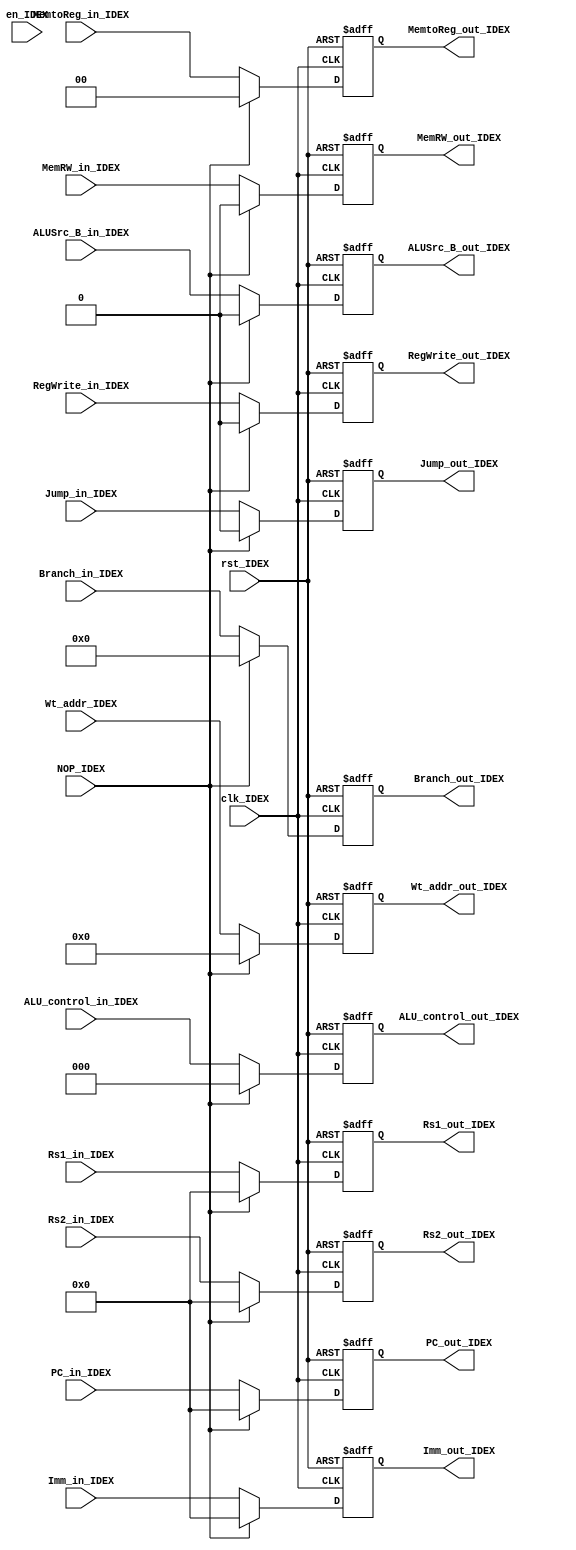
module ID_reg_EX (
    input clk_IDEX,                     //
    input rst_IDEX,                     //
    input en_IDEX,                      //
    input NOP_IDEX,
    
    input[31:0] PC_in_IDEX,             //PC
    input[4:0] Wt_addr_IDEX,            //
    input[31:0] Rs1_in_IDEX,            //1
    input[31:0] Rs2_in_IDEX,            //2
    input[31:0] Imm_in_IDEX ,           //
    input ALUSrc_B_in_IDEX ,            //ALU B
    input[2:0] ALU_control_in_IDEX,     //ALU
    input [3:0] Branch_in_IDEX,         //Beq
    input MemRW_in_IDEX,                //
    input Jump_in_IDEX,                 //Jal
    input[1:0] MemtoReg_in_IDEX,        //
    input RegWrite_in_IDEX,             //

    output reg[31:0] PC_out_IDEX,       //PC
    output reg[4:0] Wt_addr_out_IDEX,   //
    output reg[31:0] Rs1_out_IDEX,      //1
    output reg[31:0] Rs2_out_IDEX,      //2
    output reg[31:0] Imm_out_IDEX ,     //
    output reg ALUSrc_B_out_IDEX ,      //ALU B
    output reg[2:0] ALU_control_out_IDEX, //ALU
    output reg [3:0] Branch_out_IDEX,   //Beq
    output reg MemRW_out_IDEX,          //
    output reg Jump_out_IDEX,           //Jal
    output reg [1:0] MemtoReg_out_IDEX, //
    output reg RegWrite_out_IDEX        //
);
    always @(posedge clk_IDEX or posedge rst_IDEX) begin
        if (rst_IDEX == 1) begin
            PC_out_IDEX <= 0;
            Wt_addr_out_IDEX <= 0;
            Rs1_out_IDEX <= 0;
            Rs2_out_IDEX <= 0;
            Imm_out_IDEX <= 0;
            ALUSrc_B_out_IDEX <= 0;
            ALU_control_out_IDEX <= 0;
            Branch_out_IDEX <= 0;
            MemRW_out_IDEX <= 0;
            Jump_out_IDEX <= 0;
            MemtoReg_out_IDEX <= 0;
            RegWrite_out_IDEX <= 0;
        end else if (NOP_IDEX ==1 ) begin
            PC_out_IDEX <= 0;
            Wt_addr_out_IDEX <= 0;
            Rs1_out_IDEX <= 0;
            Rs2_out_IDEX <= 0;
            Imm_out_IDEX <= 0;
            ALUSrc_B_out_IDEX <= 0;
            ALU_control_out_IDEX <= 0;
            Branch_out_IDEX <= 0;
            MemRW_out_IDEX <= 0;
            Jump_out_IDEX <= 0;
            MemtoReg_out_IDEX <= 0;
            RegWrite_out_IDEX <= 0;
        end
        else begin
            PC_out_IDEX <= PC_in_IDEX;
            Wt_addr_out_IDEX <= Wt_addr_IDEX;
            Rs1_out_IDEX <= Rs1_in_IDEX;
            Rs2_out_IDEX <= Rs2_in_IDEX;
            Imm_out_IDEX <= Imm_in_IDEX;
            ALUSrc_B_out_IDEX <= ALUSrc_B_in_IDEX;
            ALU_control_out_IDEX <= ALU_control_in_IDEX;
            Branch_out_IDEX <= Branch_in_IDEX;
            MemRW_out_IDEX <= MemRW_in_IDEX;
            Jump_out_IDEX <= Jump_in_IDEX;
            MemtoReg_out_IDEX <= MemtoReg_in_IDEX;
            RegWrite_out_IDEX <= RegWrite_in_IDEX;
        end
    end
endmodule //ID_reg_EX